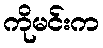
ကိုမင်းက